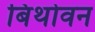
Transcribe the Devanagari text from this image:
बिथोवन